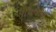
પાયજામો